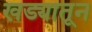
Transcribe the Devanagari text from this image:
खड्यातून